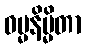
ဓမ္မနိမ္မိတာ